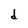
Character: d